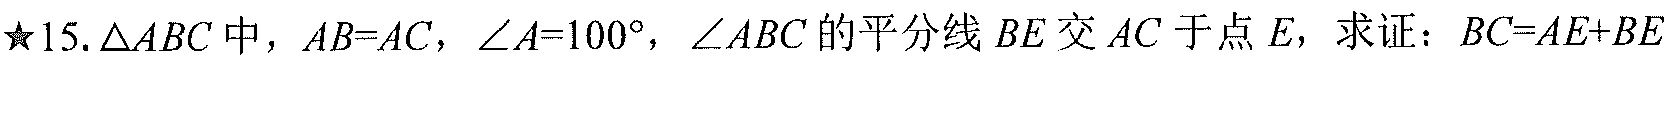
$\star 15.\triangle ABC\text{中，}AB = AC,\angle A = 100^{\circ},\angle ABC\text{的平分线}BE\text{交}AC\text{于点}E\text{，求证：}BC = AE + BE$